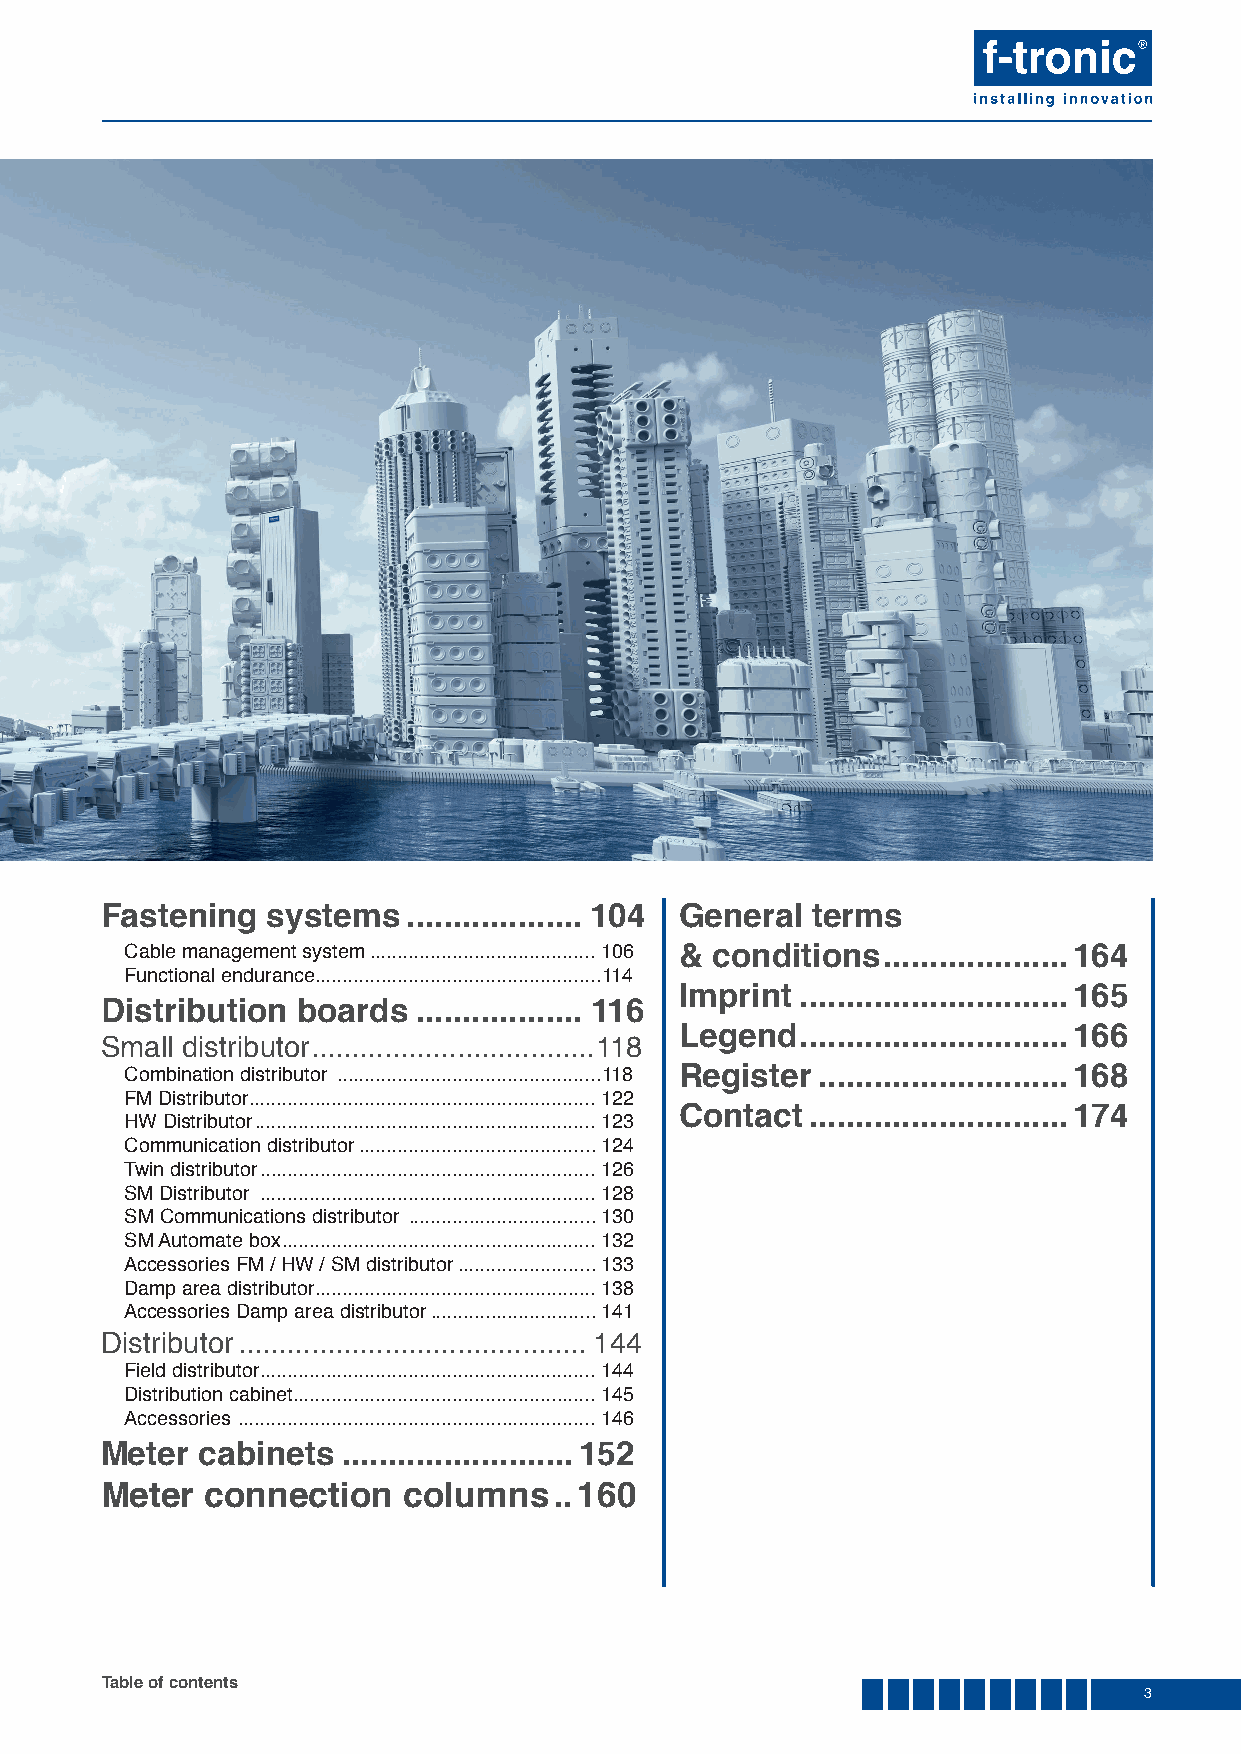
Fastening  systems  ................... 104 General terms
 Cable management system .........................................106 & conditions ....................164
 Functional endurance ....................................................114
 Imprint .............................165
 Distribution boards  .................. 116
 Legend  .............................166
 Small distributor ...................................118
 Combination distributor ................................................118 Register ...........................168
 FM Distributor ...............................................................122
 Contact  ............................174
 HW Distributor ..............................................................123
 Communication distributor ...........................................124
 Twin distributor .............................................................126
 SM Distributor .............................................................128
 SM Communications distributor ..................................130
 SM Automate box .........................................................132
 Accessories FM / HW / SM distributor .........................133
 Damp area distributor ...................................................138
 Accessories Damp area distributor ..............................141
 Distributor ...........................................144
 Field distributor .............................................................144
 Distribution cabinet .......................................................145
 Accessories .................................................................146
 Meter cabinets  .........................152
 Meter  connection   columns   ..160
 Table of contents
 3